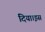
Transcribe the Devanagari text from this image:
दिया।इस